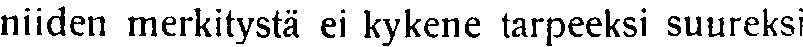
niiden merkitystä ei kykene tarpeeksi suureksi